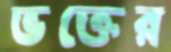
ভক্তের